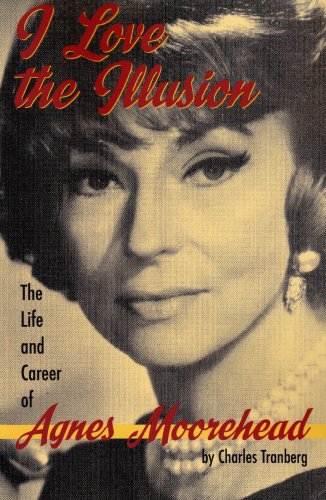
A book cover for I Love the Illusion: The Life and Career of Agnes Moorehead, 2nd edition; Charles Tranberg; Humor & Entertainment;